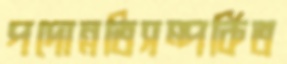
পদোন্নতিসম্পর্কিত